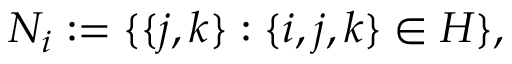
N _ { i } : = \{ \{ j , k \} : \{ i , j , k \} \in H \} ,